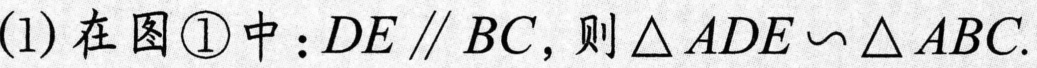
(1) 在图\textcircled{1}中：\(DE\parallel BC\)，则\(\triangle ADE\backsim\triangle ABC\).